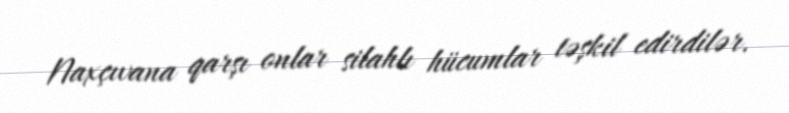
Naxçıvana qarşı onlar silahlı hücumlar təşkil edirdilər.